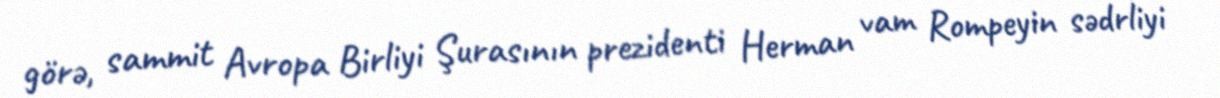
görə, sammit Avropa Birliyi Şurasının prezidenti Herman vam Rompeyin sədrliyi